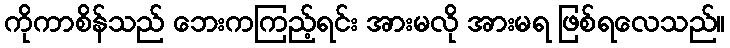
ကိုကာစိန်သည် ဘေးကကြည့်ရင်း အားမလို အားမရ ဖြစ်ရလေသည်။